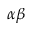
\alpha \beta